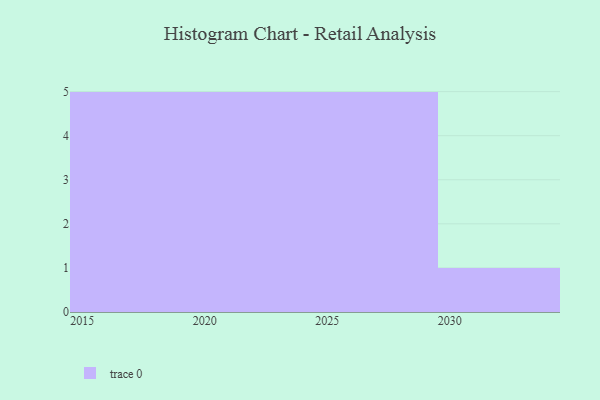
{"axis": {"x": "Year", "y": "Net Income (USD K)"}, "legend": [""], "data": [{"x": "2027", "y": 93, "type": ""}, {"x": "2028", "y": 16, "type": ""}, {"x": "2023", "y": 73, "type": ""}, {"x": "2026", "y": 21, "type": ""}, {"x": "2030", "y": 93, "type": ""}, {"x": "2017", "y": 75, "type": ""}, {"x": "2016", "y": 69, "type": ""}, {"x": "2018", "y": 75, "type": ""}, {"x": "2021", "y": 18, "type": ""}, {"x": "2019", "y": 76, "type": ""}, {"x": "2024", "y": 18, "type": ""}, {"x": "2022", "y": 71, "type": ""}, {"x": "2015", "y": 73, "type": ""}, {"x": "2025", "y": 50, "type": ""}, {"x": "2029", "y": 62, "type": ""}, {"x": "2020", "y": 67, "type": ""}]}